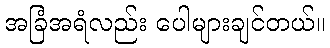
အခြံအရံလည်း ပေါများချင်တယ်။